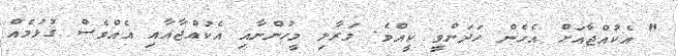
" އެކުއްޖާއަށް އެހެން ހަދަންވީ ކީއްވެ. މަރާލި މީހުންނާއި އެކުއްޖާއާއި އެއްވެސް ގުޅުމެއް